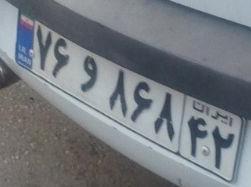
۷۴و۸۶۸۴۲